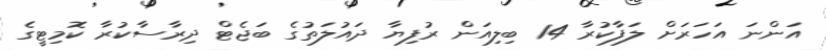
އަންނަ އަހަރަށް ލަފާކުރާ 14 ބިލިއަން ރުފިޔާ ދައުލަތުގެ ބަޖެޓް ދިރާސާކުރާ ކޮމިޓީގެ